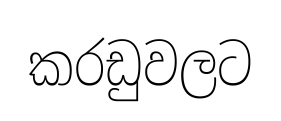
කරඩුවලට